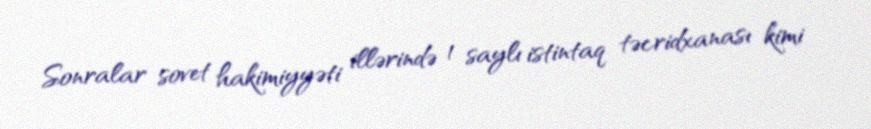
Sonralar sovet hakimiyyəti illərində 1 saylı istintaq təcridxanası kimi